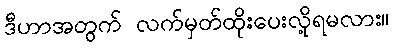
ဒီဟာအတွက် လက်မှတ်ထိုးပေးလို့ရမလား။